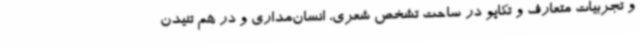
و تجربیات متعارف و تکاپو در ساحت تشخص شعری، انسان‌مداری و در هم تنیدن